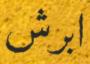
ابرش